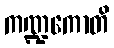
ကဏ္ဍကောတိ